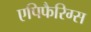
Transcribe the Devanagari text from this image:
एपिफैरिग्स